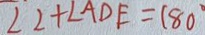
\angle 2 + \angle A D E = 1 8 0 ^ { \circ }